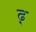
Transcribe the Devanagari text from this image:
ढ़्